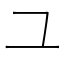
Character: ユ